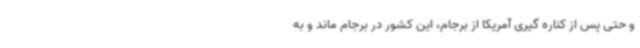
و حتی پس از کناره گیری آمریکا از برجام، این کشور در برجام ماند و به